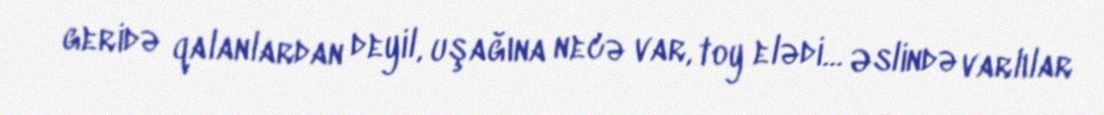
geridə qalanlardan deyil, uşağına necə var, toy elədi... Əslində varlılar